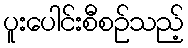
ပူးပေါင်းစီစဉ်သည့်